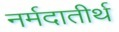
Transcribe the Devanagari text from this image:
नर्मदातीर्थ